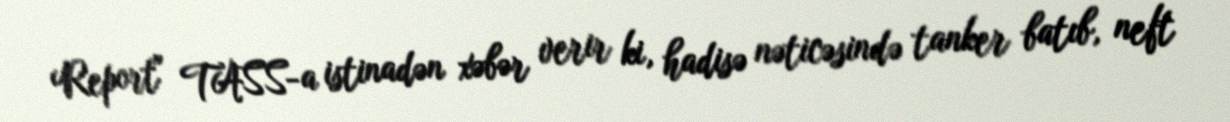
Report" TASS-a istinadən xəbər verir ki, hadisə nəticəsində tanker batıb, neft